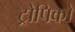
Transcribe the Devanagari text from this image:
ट्रोपिको